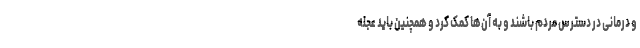
و درمانی در دسترس مردم باشند و به آن‌ها کمک کرد و همچنین باید عجله